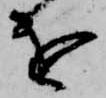
を